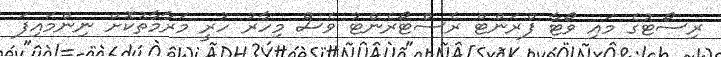
ރިސޯޓުގެ މައި ވޯޓާ ފްރަންޓް ރެސްޓޯރެންޓު ވެސް މިހާރު ހުރީ މަރާމާތުކޮށް ނިންމައިފަ